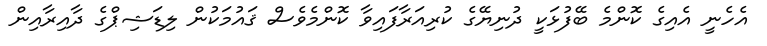
އެހެނީ އެއިގެ ކޮންމެ ބޭފުޅަކީ ދުނިޔޭގެ ކުރިއަރާފައިވާ ކޮންމެވެސް ޤައުމަކުން ލިޑަޝިޕްގެ ދާއިރާއިން